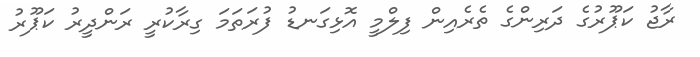
ރާޖު ކަޕޫރުގެ ދަރިންގެ ތެރެއިން ފިލްމީ އޮޅިގަނޑު ފުރަތަމަ ގިރާކުރީ ރަންދީރު ކަޕޫރު